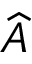
\widehat { A }